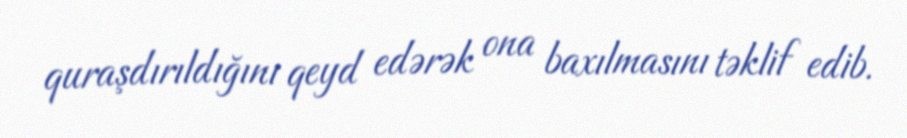
quraşdırıldığını qeyd edərək ona baxılmasını təklif edib.